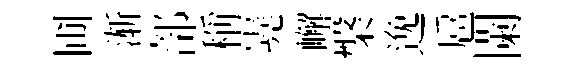
圃渐部稱嶤嶰槃𨓜扈闌